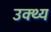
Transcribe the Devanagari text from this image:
उक्थ्य